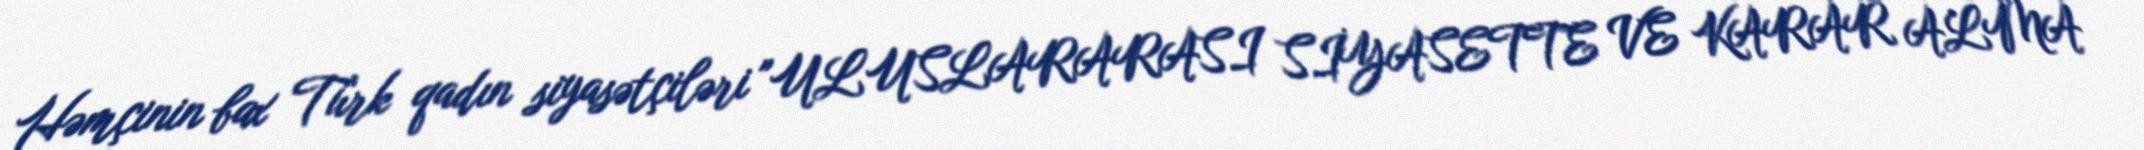
Həmçinin bax Türk qadın siyasətçiləri "ULUSLARARASI SİYASETTE VE KARAR ALMA